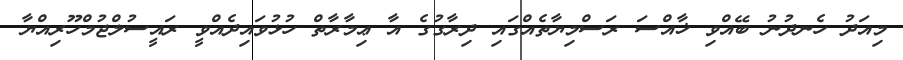
މިއަދު ހެނދުނު ބޭއްވި ޚާއްސަ ރަސްމިޔާތެއްގައި ދިރާގުގެ އާ ޢިމާރާތް ހުޅުވައިދެއްވީ ރައީސުލްޖުމްހޫރިއްޔާ